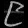
Digit: ၉